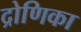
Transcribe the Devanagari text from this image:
द्रोणिका